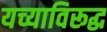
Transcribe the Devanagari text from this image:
यच्याविरूद्ध